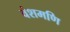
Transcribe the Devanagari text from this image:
वंशमणि